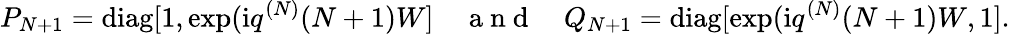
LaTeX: P_{N+1}=\mathrm{diag}[1,\exp(\mathrm{i}q^{(N)}(N+1)W]\quad\mathrm{~a~n~d~}\quad Q_{N+1}=\mathrm{diag}[\exp(\mathrm{i}q^{(N)}(N+1)W,1].